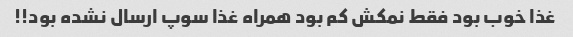
غذا خوب بود فقط نمکش کم بود همراه غذا سوپ ارسال نشده بود!!